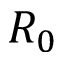
R _ { 0 }